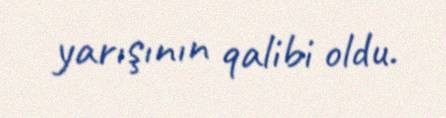
yarışının qalibi oldu.